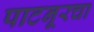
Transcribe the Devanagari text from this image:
पाटनूरचा